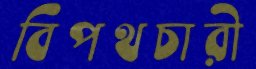
বিপথচারী